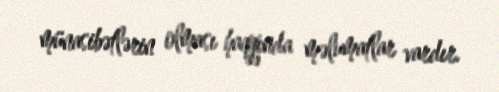
münasibətlərin olması haqqında məlumatlar vardır.